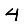
Digit: 4